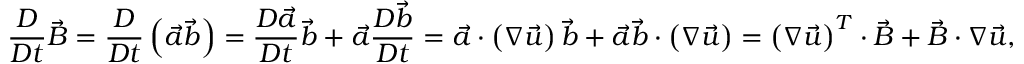
\frac { D } { D t } \vec { B } = \frac { D } { D t } \left( \vec { a } \vec { b } \right) = \frac { D \vec { a } } { D t } \vec { b } + \vec { a } \frac { D \vec { b } } { D t } = \vec { a } \cdot \left( \boldsymbol { \nabla } \vec { u } \right) \vec { b } + \vec { a } \vec { b } \cdot \left( \boldsymbol { \nabla } \vec { u } \right) = \left( \boldsymbol { \nabla } \vec { u } \right) ^ { T } \cdot \vec { B } + \vec { B } \cdot \boldsymbol { \nabla } \vec { u } ,